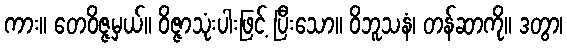
ကား။ တေဝိဇ္ဇမှယ်။ ဝိဇ္ဇာသုံးပါးဖြင့် ပြီးသော။ ဝိဘူသနံ၊ တန်ဆာကို။ ဒတွာ၊